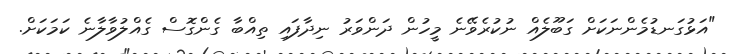
"އަޅުގަނޑުމެންނަކަށް ގަބޫލެއް ނުކުރެވޭނެ މީހުން ދަންވަރު ނިދާފައި ތިއްބާ ގެންގޮސް ގެއްލުވާލާނެ ކަމަކަށް.